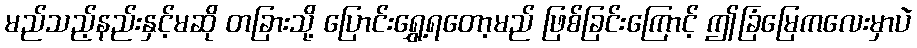
မည်သည့်နည်းနှင့်မဆို တခြားသို့ ပြောင်းရွှေ့ရတော့မည် ဖြစ်ခြင်းကြောင့် ဤခြံမြေကလေးမှာပဲ